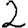
Digit: 2